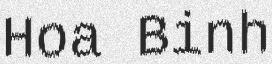
Hoa Binh